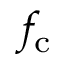
f _ { \mathrm { c } }